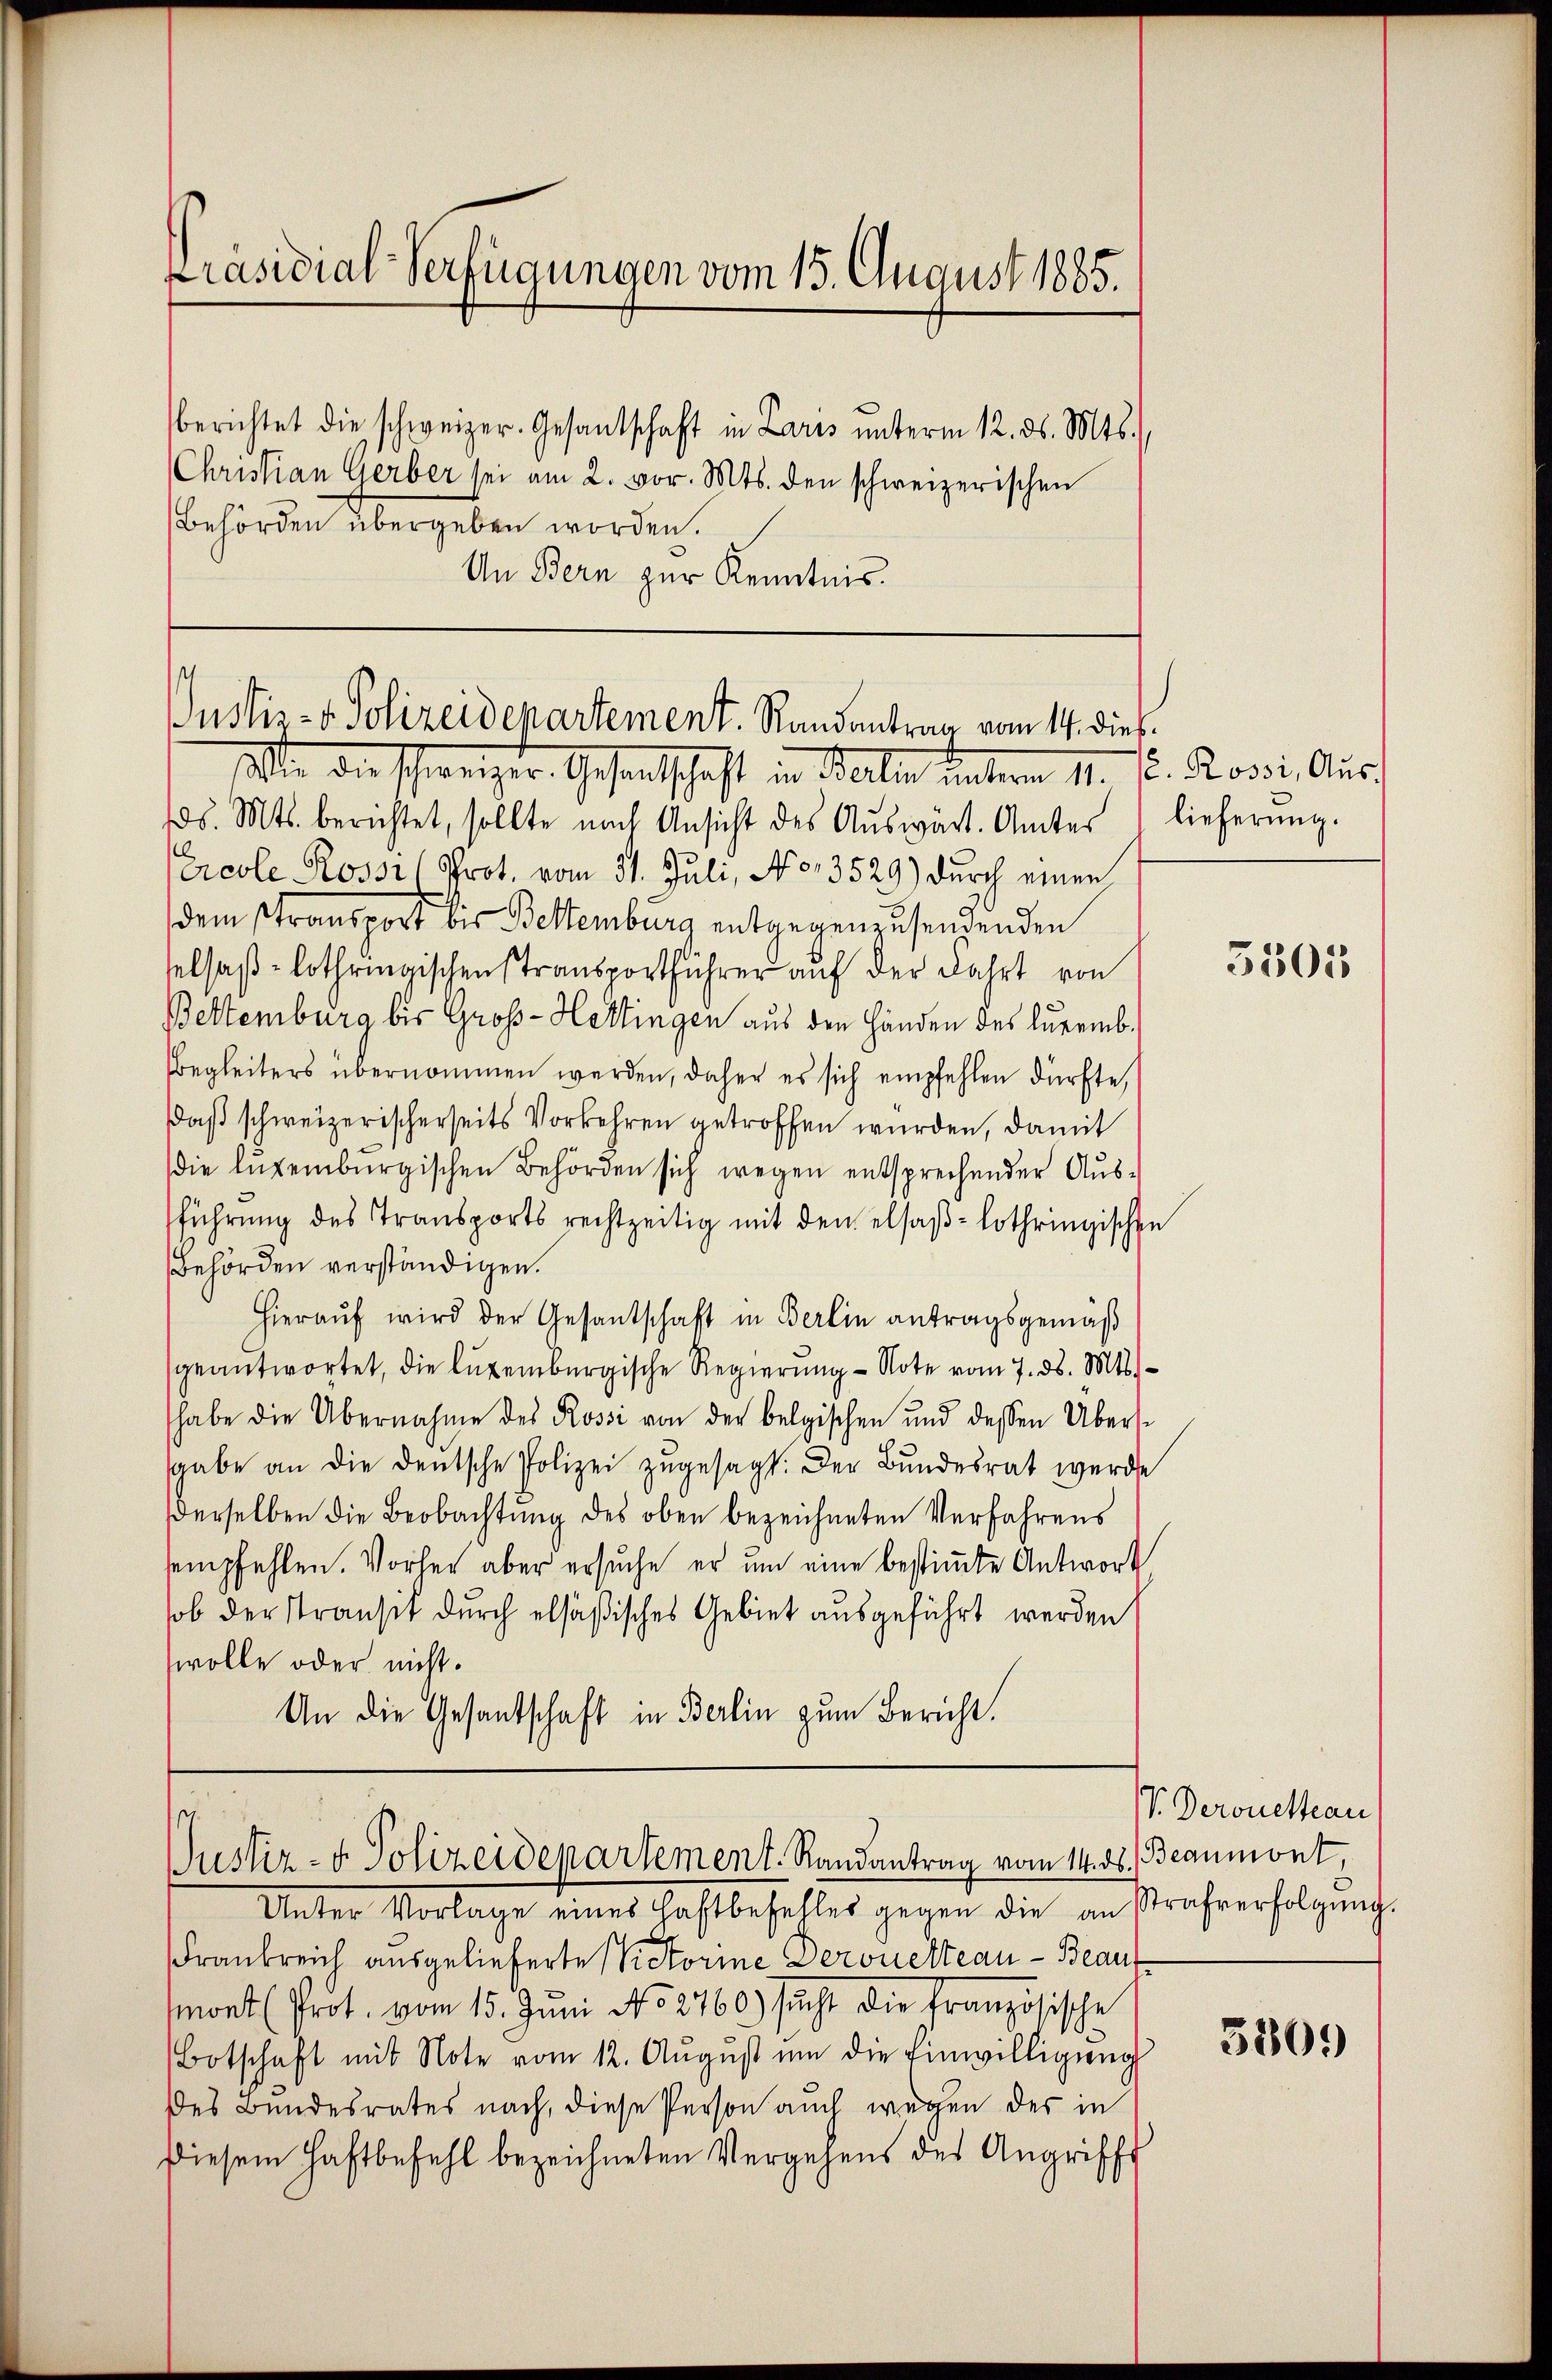
Präsidial-Verfügungen vom 15. August 1885.

berichtet die schweizer. Gesandschaft in Laris unterm 12. ds. Mts.,
Christian Gerber sei am 2. vor. Mts. den schweizerischen
Behörden übergeben worden.
An Bern zur Kenntnis.

Justiz- u. Polizeidepartement. Randantrag vom 14. dies

Mie der schweizer Gesandtschaft in Wallen unterm 1. Fr. Rossi, Aus
10. Mts. berichtet, sollte nach Ansicht des Aŭswärt. Amtes lieferŭng.
Ecole Rossi (Prot, vom 31. Juli, No 13529) durch einen
dem stransport bis Bettemburg entgegenzusendenden
selsaß-Lothringischen Stransportführer auf der Fahrt von
Bettenburg bis Groß-Hettingen aus den Händen des Luremb.
begleiters übernommen werden, daher es sich empfehlen dürfte,
daß schweizerischerseits Vorkehren getroffen wurden, damit
die lugenburgischen Behörden sich wegen entsprechender Ausführung des Transports rechtzeitig mit den elsaβ-Lothringischen
Behörden verständigen.
hierauf wird der Gesantschaft in Berlin antragsgemäß
geantwortet, die luzembergische Regierung - Note vom 7. ds. Mts.
habe die Übernahme des Rossi von der belgischen und dessen Übers
gaabe an die deutsche Polizei zŭgesagt. Der Bundesrat werde
derselben die Beobachtung des oben bezeichneten Verfahrens
empfehlen. Vorher aber ersuche er um eine bestimmte Antwort
sob der Stransit durch elsäßisches Gebiet ausgeführt werden
wolle oder nicht.
An die Gesantschaft in Berlin zum Bericht.

Justiz- & Polizeidepartement. Randantrag vom 14. ds. Beaumont

Unter Vorlage eines Haftbefehles gegen die an Strafverfolgŭng.
Frankreich ausgelieferte Victorine Deronetteau - Beaufmont (Prot. vom 15. Jŭni No 8760.) sicht die Französische
Botschaft mit Note vom 12. August um die Einwilligung
des Bundesrates nach, diese Person auch wegen des in
Diesem Haftbefehl bezeichneten Vergehens des Angrifft

3505

V. Deronetteau

3809